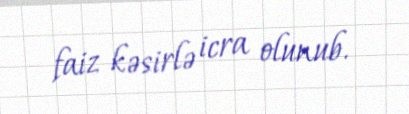
faiz kəsirlə icra olunub.